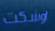
اوشكت